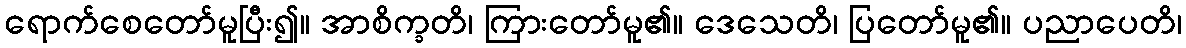
ရောက်စေတော်မူပြီး၍။ အာစိက္ခတိ၊ ကြားတော်မူ၏။ ဒေသေတိ၊ ပြတော်မူ၏။ ပညာပေတိ၊